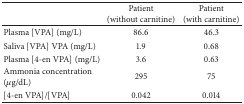
<table><thead><tr><td><b> </b></td><td><b>Patient (without carnitine)</b></td><td><b>Patient (with carnitine)</b></td></tr></thead><tbody><tr><td>Plasma [VPA] (mg/L)</td><td>86.6</td><td>46.3</td></tr><tr><td>Saliva [VPA] VPA (mg/L)</td><td>1.9</td><td>0.68</td></tr><tr><td>Plasma [4-en VPA] (mg/L)</td><td>3.6</td><td>0.63</td></tr><tr><td>Ammonia concentration (<i>μ</i>g/dL)</td><td>295</td><td>75</td></tr><tr><td>[4-en VPA]/[VPA]</td><td>0.042</td><td>0.014</td></tr></tbody></table>